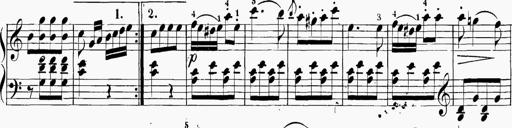
Title: 6 Sonatinas
Composer: Carl Reinecke